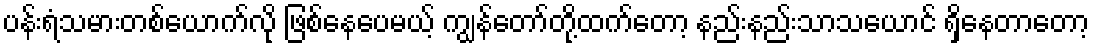
ပန်းရံသမားတစ်ယောက်လို ဖြစ်နေပေမယ့် ကျွန်တော်တို့ထက်တော့ နည်းနည်းသာသယောင် ရှိနေတာတော့